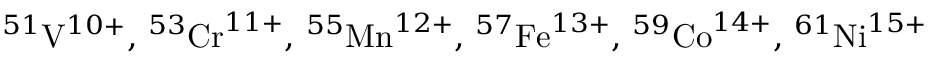
^ { 5 1 } \mathrm { V } ^ { 1 0 + } , \phantom { \rule { 0.16 em } { 0 ex } } ^ { 5 3 } \mathrm { C r } ^ { 1 1 + } , \phantom { \rule { 0.16 em } { 0 ex } } ^ { 5 5 } \mathrm { M n } ^ { 1 2 + } , \phantom { \rule { 0.16 em } { 0 ex } } ^ { 5 7 } \mathrm { F e } ^ { 1 3 + } , \phantom { \rule { 0.16 em } { 0 ex } } ^ { 5 9 } \mathrm { C o } ^ { 1 4 + } , \phantom { \rule { 0.16 em } { 0 ex } } ^ { 6 1 } \mathrm { N i } ^ { 1 5 + }